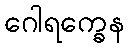
ဂေါရက္ခေန